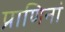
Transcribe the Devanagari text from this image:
प्राणिनां